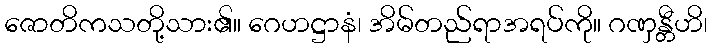
ဇောတိကသတို့သား၏။ ဂေဟဋ္ဌာနံ၊ အိမ်တည်ရာအရပ်ကို။ ဂဏှန္တီဟိ၊